Leaving Certificate Examination, 1920
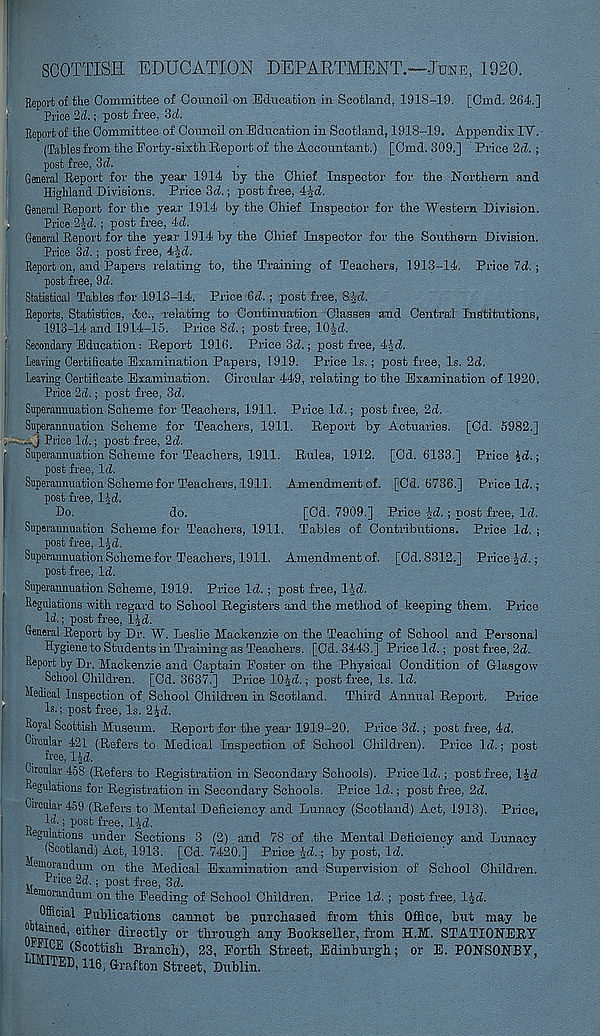
SCOTTISH EDUCATION DEPARTMENT.—June, 1920.
Report of tire Committee of Council on Education in Scotland, 1918-19. [Cmd. 264.]
Price 2d.; post free, 3d.
Report of the Committee of Council on Education in Scotland, 1918-19. Appendix IV.
(Tables from the Forty-sixth Report of the Accountant.) [Cmd. 309.] Price 2d.;
post free, 3d.
General Report for the year 1914 by the Chief Inspector for the Northern and
Highland Divisions. Price 3d.; post free, 41d.
General Report for the year 1914 by the Chief Inspector for the Western Division.
,
Price 2Jd.; post free, 4d.
General Report for the year 1914 by the Chief Inspector for the Southern Division.
Price 3d. ; post free, 4Jd.
Report on, and Papers relating to, the Training of Teachers, 1913-14. Price 7d.;
post free, 9d.
Statistical Tables for 1913-14. Price 6d.; post free, SJd.
Reports, Statistics, &c., relating to Continuation Classes and Central Institutions,
1913-14 and 1914-15. Price 8d.; post free, lO-^d.
f Secondary Education : Report 1916. Price 3d.; post free, 4|d.
Leaving Certificate Examination Papers, 1919. Price Is.; post free, Is. 2d.
Leaving Certificate Examination. Circular 449, relating to the Examination of 1920.
Price 2d.; post free, 3d.
Superannuation Scheme for Teachers, 1911. Price Id.; post free, 2d.
Superannuation Scheme for Teachers, 1911. Report by Actuaries. [Cd. 5982.]
.—3 Price Id.; post free, 2d.
e Superannuation Scheme for Teachers, 1911. Rules, 1912. [Od. 6133.] Price id.;
post free, Id.
Superannuation Scheme for Teachers, 1911. Amendment of. [Cd. 6736.] Price Id.;
post free, l^d.
Do.
do.
[Cd. 7909.] Price id.; post free, Id.
Tables of Contributions. Price Id. ;
[Cd. 8312.] Price Jd.;
Superannuation Scheme for Teachers, 1911.
post free, lid.
Superannuation Scheme for Teachers, 1911. Amendment of.
post free, Id.
Superannuation Scheme, 1919. Price Id. ; post free, IJd.
Regulations with regard to School Registers and the method of keeping them. Price
Id.; post free, lid.
General Report by Dr. W. Leslie Mackenzie on the Teaching of School and Personal
Hygiene to Students in Training as Teachers. [Cd. 3443.] Price Id.; post free, 2d.
Report by Dr. Mackenzie and Captain Foster on the Physical Condition of Glasgow
School Children. [Cd. 3637.] Price 10|d.; post free, Is. Id.
Medical Inspection of. School Children in Scotland. Third Annual Report. Price
Is.; post free, Is. 2id.
Royal Scottish Museum. Report for the year 1919-20. Price 3d.; post free, 4d.
Circular 421 (Refers to Medical Inspection of School Children). Price Id.; post
free, lid.
Circular 458 (Refers to Registration in Secondary Schools). Priceld.; post free, IJd
Regulations for Registration in Secondary Schools. Price Id.; post free. 2d.
Circuiar 459 (Refers to Mental Deficiency and Lunacy (Scotland) Act, 1913). Price,
Id.; post free, lid.
Regulations under Sections 3 (2) and 78 of the Mental Deficiency and Lunacy
(Scotland) Act, 1913. [Cd. 7420.] Price Jd.; by post, Id.
emorandum on the Medical Examination and Supervision of School Children.
Rrice 2d.; post free, 3d.
emorandmn on the Feeding of School Children. Price Id.post free, lid.
Official Publications cannot he purchased from this Office, hut may be
nwf 84, either directl y or through any Bookseller, from H.M. STATIONERY
OFFICE (Scottish Branch), 23, Forth Street, Edinburgh; or E. PONSONBY,
LIMITED, 116, Grafton Street, Dublin.